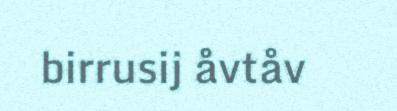
birrusij åvtåv